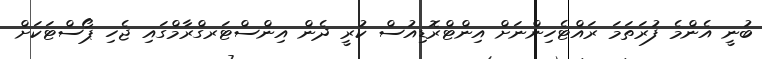
ބުނީ އެންމެ ފުރަތަމަ ރައްޓެހިންނަށް އިންޓްރޮޑިއުސް ކުރީ ދެން އިންސްޓަރގްރާމްގައި ޖެހި ޕޯސްޓަކަށް